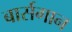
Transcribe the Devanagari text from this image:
बार्सगान